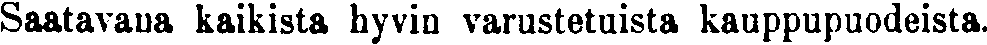
Saatavaua kaikista hyvin varustetuista kauppupuodeista.